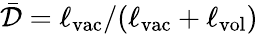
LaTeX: \bar{\mathcal{D}}=\ell_{\mathrm{vac}}/(\ell_{\mathrm{vac}}+\ell_{\mathrm{vol}})